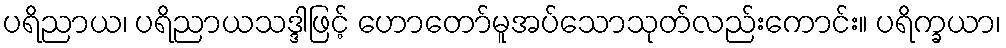
ပရိညာယ၊ ပရိညာယသဒ္ဒါဖြင့် ဟောတော်မူအပ်သောသုတ်လည်းကောင်း။ ပရိက္ခယာ၊